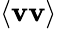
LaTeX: \left<\mathbf{v}\mathbf{v}\right>